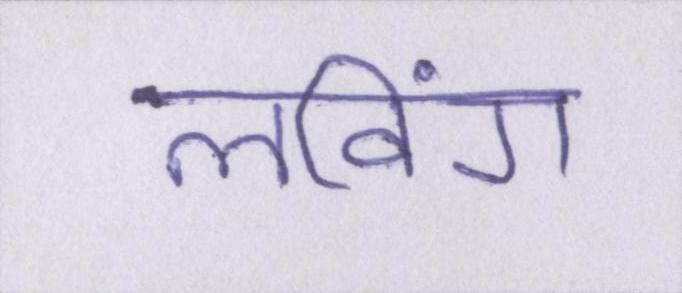
लविंग